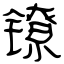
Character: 镣